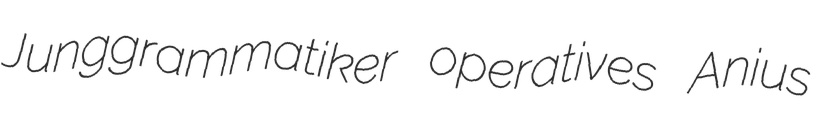
Junggrammatiker operatives Anius